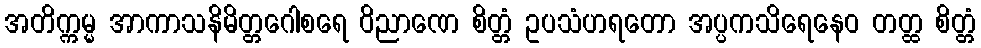
အတိက္ကမ္မ အာကာသနိမိတ္တဂေါစရေ ဝိညာဏေ စိတ္တံ ဥပသံဟရတော အပ္ပကသိရေနေဝ တတ္ထ စိတ္တံ